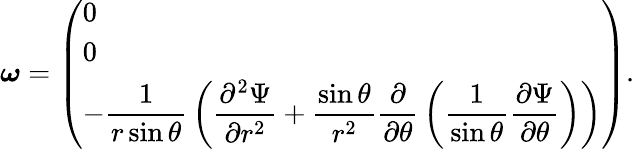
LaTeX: {\boldsymbol{\omega}}={\left(\begin{array}{l}{0}\\ {0}\\ {\displaystyle-{\frac{1}{r\sin\theta}}\left({\frac{\partial^{2}\Psi}{\partial r^{2}}}+{\frac{\sin\theta}{r^{2}}}{\frac{\partial}{\partial\theta}}\left({\frac{1}{\sin\theta}}{\frac{\partial\Psi}{\partial\theta}}\right)\right)}\end{array}\right)}.